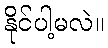
နိုင်ပါ့မလဲ။